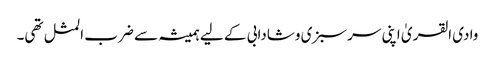
وادی القریٰ اپنی سرسبزی وشادابی کے لیے ہمیشہ سے ضرب المثل تھی۔